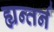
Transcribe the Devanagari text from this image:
ह्यन्तर्न